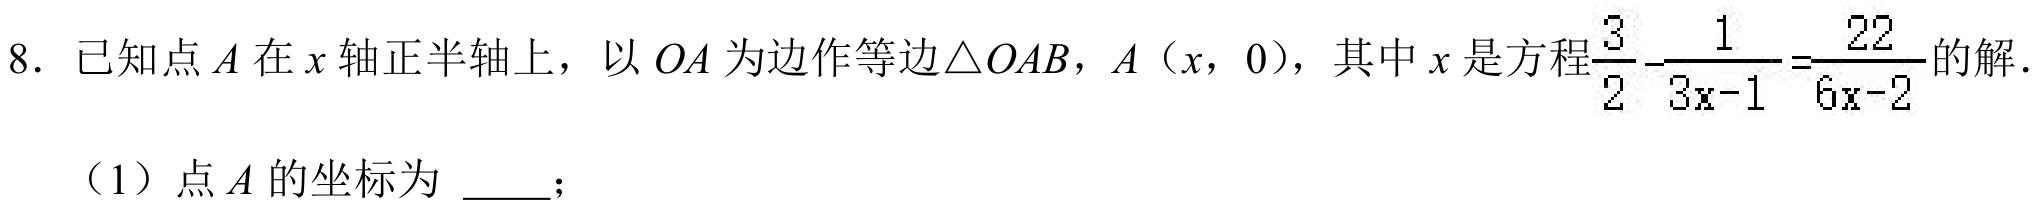
8. 已知点\(A\)在\(x\)轴正半轴上，以\(OA\)为边作等边\(\triangle OAB\)，\(A(x,0)\)，其中\(x\)是方程\(\frac{3}{2}-\frac{1}{3x - 1}=\frac{22}{6x - 2}\)的解.
（1）点\(A\)的坐标为 \_\_\_；